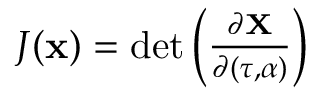
\begin{array} { r } { J ( \mathbf { x } ) = \operatorname* { d e t } \left( \frac { \partial \mathbf { X } } { \partial ( \tau , \alpha ) } \right) } \end{array}